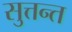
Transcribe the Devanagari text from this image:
सुत्तन्त